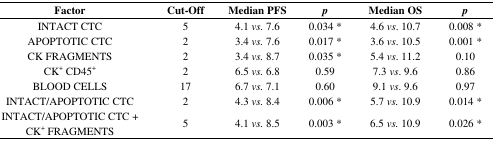
<table><thead><tr><td><b>Factor</b></td><td><b>Cut-Off</b></td><td><b>Median PFS</b></td><td><b><i>p</i></b></td><td><b>Median OS</b></td><td><b><i>p</i></b></td></tr></thead><tbody><tr><td>INTACT CTC</td><td>5</td><td>4.1 <i>vs.</i> 7.6</td><td>0.034 *</td><td>4.6 <i>vs</i>. 10.7</td><td>0.008 *</td></tr><tr><td>APOPTOTIC CTC</td><td>2</td><td>3.4 <i>vs.</i> 7.6</td><td>0.017 *</td><td>3.6 <i>vs</i>. 10.5</td><td>0.001 *</td></tr><tr><td>CK FRAGMENTS</td><td>2</td><td>3.4 <i>vs.</i> 8.7</td><td>0.035 *</td><td>5.4 <i>vs</i>. 11.2</td><td>0.10</td></tr><tr><td>CK<sup>+</sup> CD45<sup>+</sup></td><td>2</td><td>6.5 <i>vs.</i> 6.8</td><td>0.59</td><td>7.3 <i>vs</i>. 9.6</td><td>0.86</td></tr><tr><td>BLOOD CELLS</td><td>17</td><td>6.7 <i>vs.</i> 7.1</td><td>0.60</td><td>9.1 <i>vs</i>. 9.6</td><td>0.97</td></tr><tr><td>INTACT/APOPTOTIC CTC</td><td>2</td><td>4.3 <i>vs.</i> 8.4</td><td>0.006 *</td><td>5.7 <i>vs.</i> 10.9</td><td>0.014 *</td></tr><tr><td>INTACT/APOPTOTIC CTC + CK<sup>+</sup> FRAGMENTS</td><td>5</td><td>4.1 <i>vs.</i> 8.5</td><td>0.003 *</td><td>6.5 <i>vs.</i> 10.9 </td><td>0.026 *</td></tr></tbody></table>